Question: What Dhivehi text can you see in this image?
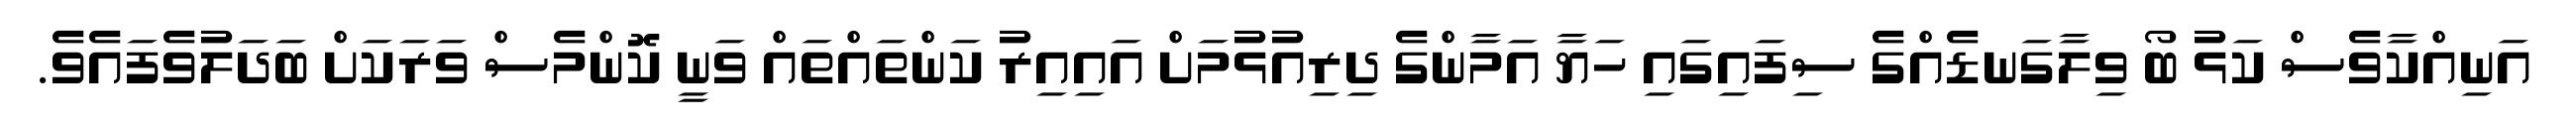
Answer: އަނިއްކާވެސް ކަޅު ބޯ ވިލާގަނޑެއްގެ ސިފައިގައި ހަޔާ އަމާންގެ ދިރިއުޅުމަށް އައިއިރު ކަންތައްތައް ވަނީ ކޮންމެސް ވަރަކަށް ބަދަލުވެފައެވެ.